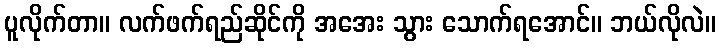
ပူလိုက်တာ။ လက်ဖက်ရည်ဆိုင်ကို အအေး သွား သောက်ရအောင်။ ဘယ်လိုလဲ။